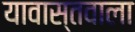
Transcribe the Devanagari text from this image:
यावास्तवाला